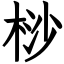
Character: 桫